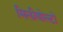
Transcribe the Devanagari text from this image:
मिलीवोल्टों